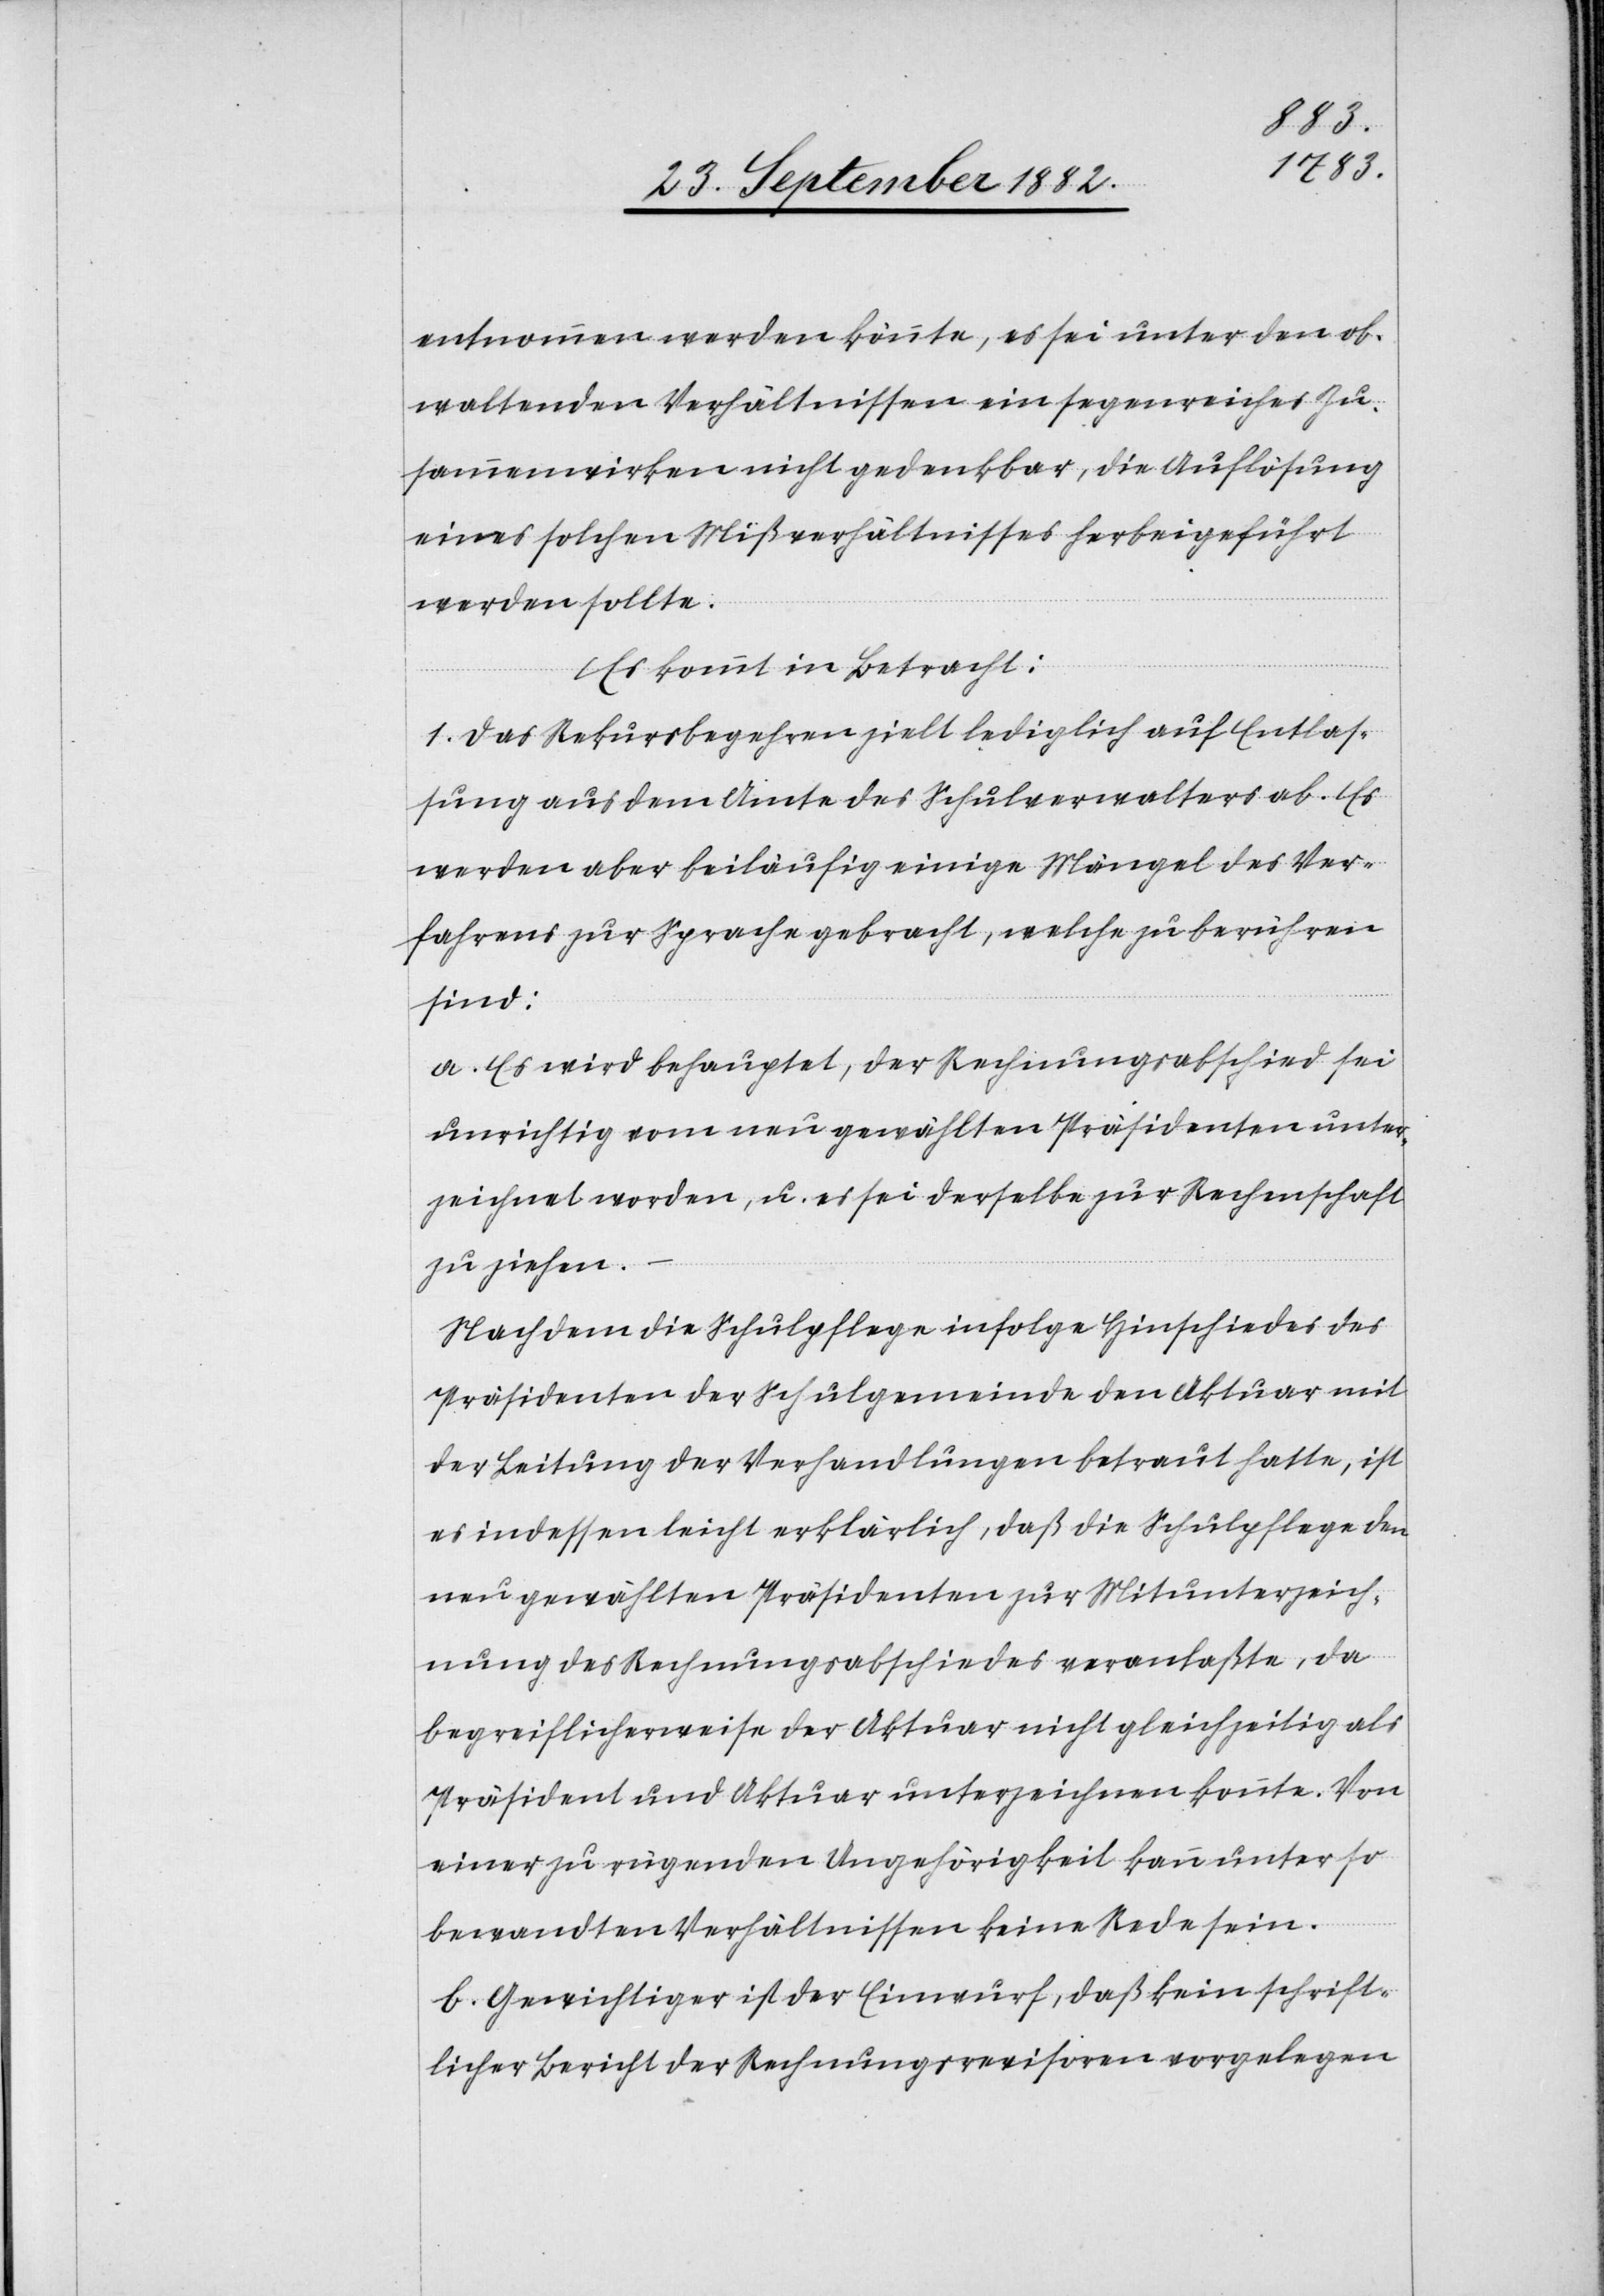
entnommen werden könnte, es sei unter den ob¬
waltenden Verhältnissen ein segenreiches Zu¬
sammenwirken nicht gedenkbar, die Auflösung
eines solchen Mißverhältnisses herbeigeführt
werden sollte.
Es kommt in Betracht:
1. Das Rekursbegehren zielt lediglich auf Entlas¬
sung aus dem Amte des Schulverwalters ab. Es
werden aber beiläufig einige Mängel des Ver¬
fahrens zur Sprache gebracht, welche zu berühren
sind:
a. Es wird behauptet, der Rechnungsabschied sei
unrichtig vom neu gewählten Präsidenten unter¬
zeichnet worden, u. es sei derselbe zur Rechenschaft
zu ziehen.
Nachdem die Schulpflege infolge Hinschiedes des
Präsidenten der Schulgemeinde den Aktuar mit
der Leitung der Verhandlungen betraut hatte, ist
es indessen leicht erklärlich, daß die Schulpflege den
neue gewählten Präsidenten zur Mitunterzeich¬
nung des Rechnungsabschiedes veranlaßte, da
begreiflicherweise der Aktuar nicht gleichzeitig als
Präsident und Aktuar unterzeichnen konnte. Von
einer zu rügenden Ungehörigkeit kann unter so
bewandten Verhältnissen keine Rede sein.
b. Gewichtiger ist der Einwurf, daß kein schrift¬
licher Bericht der Rechnungsrevision vorgelegen